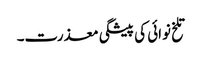
تلخ نوائی کی پیشگی معذرت۔